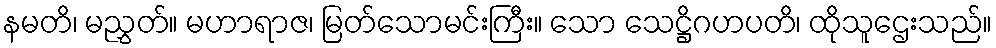
နမတိ၊ မညွှတ်။ မဟာရာဇ၊ မြတ်သောမင်းကြီး။ သော သေဋ္ဌိဂဟပတိ၊ ထိုသူဌေးသည်။